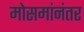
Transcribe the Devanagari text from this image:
मोसमांनंतर